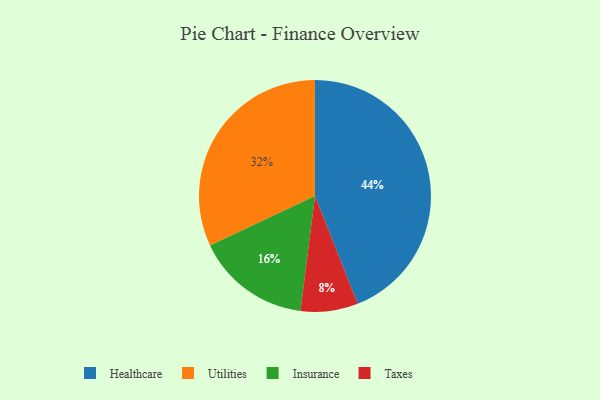
{"axis": {"x": "Category", "y": "Percentage"}, "legend": ["Healthcare", "Insurance", "Taxes", "Utilities"], "data": [{"x": "Utilities", "y": 32, "type": "Utilities"}, {"x": "Insurance", "y": 16, "type": "Insurance"}, {"x": "Healthcare", "y": 44, "type": "Healthcare"}, {"x": "Taxes", "y": 8, "type": "Taxes"}]}